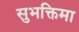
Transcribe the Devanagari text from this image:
सुभक्तिमा